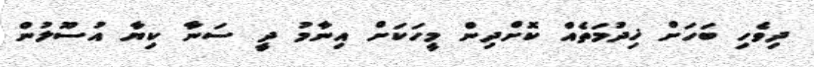
ދިވެހި ބަހަށް ޚިދުމަތެއް ކޮށްދިން މީހަކަށް އިނާމު ދީ ސަނާ ކިޔާ އުސޫލުން